Civil Veterinary Department Bengal reports 1923-33 - 1923-1933
Year: 1923
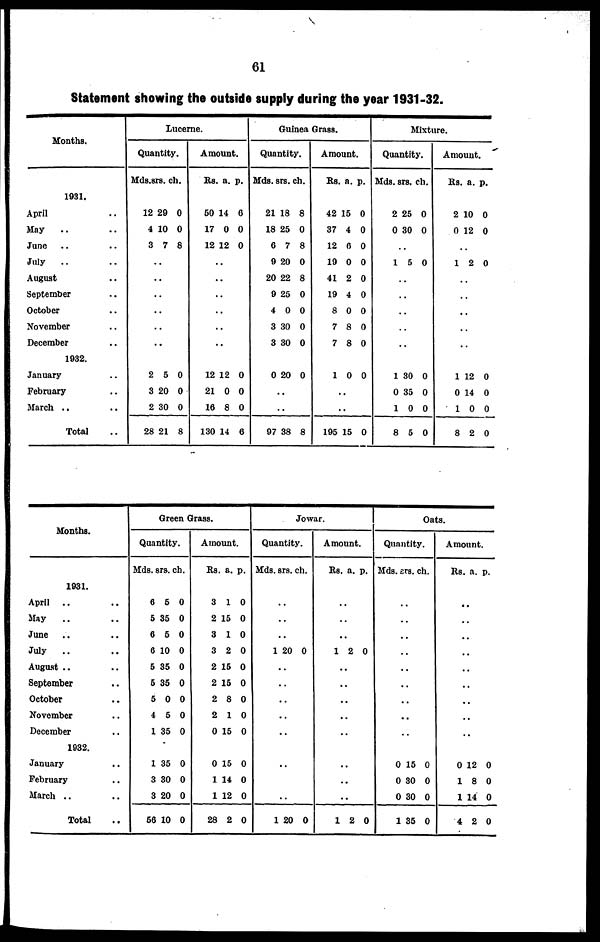
61
Statement showing the outside supply during the year 1931-32.
Months.
1931.
April ..
May .. ..
June .. ..
July .. ..
August ..
September ..
October ..
November ..
December ..
1932.
January ..
February ..
March ..
Total ..
Lucerne.
Quantity.
Mds. srs. ch.
12 29 0
4 10 0
3 7 8
..
..
..
..
..
..
2 5 0
3 20 0
2 30 0
28 21 8
Amount.
Rs. a. p.
50 14 0
17 0 0
12 12 0
..
..
..
..
..
..
12 12 0
21 0 0
16 8 0
130 14 6
Guinea Grass.
Quantity.
Mds. srs. ch.
21 18 8
18 25 0
6 7 8
9 20 0
20 22 8
9 25 0
4 0 0
3 30 0
3 30 0
0 20 0
..
..
97 38 8
Amount.
Rs. a. p.
42 15 0
37 4 0
12 6 0
19 0 0
41 2 0
19 4 0
8 0 0
7 8 0
7 8 0
1 0 0
..
..
195 15 0
Mixture.
Quantity.
Mds. srs. ch.
2 25 0
0 30 0
1 5 0
..
..
..
..
..
1 30 0
0 35 0
1 0 0
8 5 0
Amount.
Rs. a. p.
2 10 0
0 12 0
1 2 0
..
..
..
..
..
1 12 0
0 14 0
1 0 0
8 2 0
Months.
1931.
April .. ..
May .. ..
June .. ..
July
.. ..
August .. ..
September ..
October ..
November ..
December ..
1932.
January ..
February ..
March .. ..
Total ..
Green Grass.
Quantity.
Mds. srs. ch.
6 5 0
5 35 0
6 5 0
6 10 0
5 35 0
5 35 0
5 0 0
4 5 0
1 35 0
1 35 0
3 30 0
3 20 0
56 10 0
Amount.
Rs. a. p.
3 1 0
2 15 0
3 1 0
3 2 0
2 15 0
2 15 0
2 8 0
2 1 0
0 15 0
0 15 0
1 14 0
1 12 0
28 2 0
Jowar.
Quantity.
Mds. srs. ch.
..
..
..
1 20 0
..
..
..
..
..
..
..
..
1 20 0
Amount.
Rs. a. p.
..
..
..
1 2 0
..
..
..
..
..
..
..
..
1 2 0
Oats.
Quantity.
Mds. srs. ch.
..
..
..
..
..
..
..
..
..
0 15 0
0 30 0
0 30 0
1 35 0
Amount.
Rs. a. p.
..
..
..
..
..
..
..
..
..
0 12 0
1 8 0
1 14 0
4 2 0